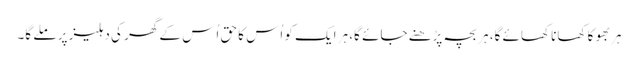
ہر بھوکا کھانا کھائے گا، ہر بچہ پڑھنے جائے گا، ہر ایک کو اُس کا حق اُس کے گھر کی دہلیز پر ملے گا۔